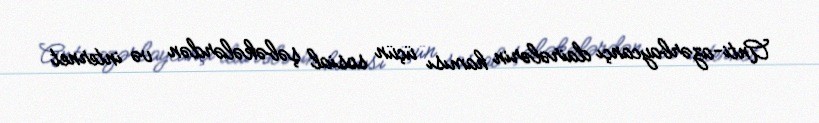
Anti-azərbaycançı dairələrin hamısı üçün sosial şəbəkələrdən və internet